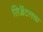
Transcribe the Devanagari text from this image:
सिॲटलचा